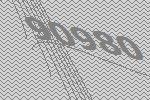
90980